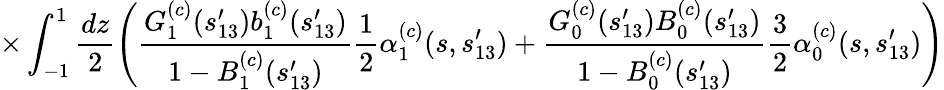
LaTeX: \times\int_{-1}^{1}\frac{dz}{2}\left(\frac{G_{1}^{(c)}(s_{13}^{\prime})b_{1}^{(c)}(s_{13}^{\prime})}{1-B_{1}^{(c)}(s_{13}^{\prime})}\frac{1}{2}{\alpha}_{1}^{(c)}(s,s_{13}^{\prime})+\frac{G_{0}^{(c)}(s_{13}^{\prime})B_{0}^{(c)}(s_{13}^{\prime})}{1-B_{0}^{(c)}(s_{13}^{\prime})}\frac{3}{2}{\alpha}_{0}^{(c)}(s,s_{13}^{\prime})\right)